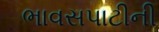
ભાવસપાટીની